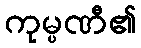
ကုမ္ပဏီ၏